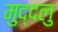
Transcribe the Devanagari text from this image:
मुद्दलु